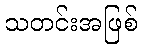
သတင်းအဖြစ်